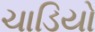
ચાડિયો